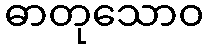
ဓာတုသောဝ